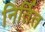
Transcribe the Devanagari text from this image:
निर्तित